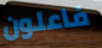
فاعلون